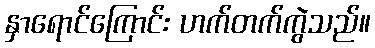
နှာရောင်ကြောင်း ဟက်တက်ကွဲသည်။